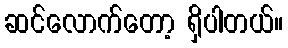
ဆင်လောက်တော့ ရှိပါတယ်။